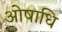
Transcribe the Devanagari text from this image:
ओषाधि